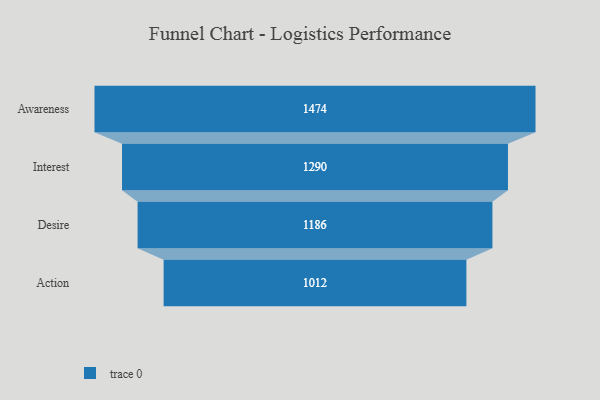
{"axis": {"x": "Stage", "y": "Value"}, "legend": [""], "data": [{"x": "Awareness", "y": 1474.0, "type": ""}, {"x": "Interest", "y": 1290.0, "type": ""}, {"x": "Desire", "y": 1186.0, "type": ""}, {"x": "Action", "y": 1012.0, "type": ""}]}